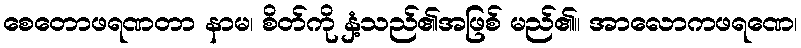
စေတောဖရဏတာ နာမ၊ စိတ်ကို နှံ့သည်၏အဖြစ် မည်၏။ အာလောကဖရဏေ၊